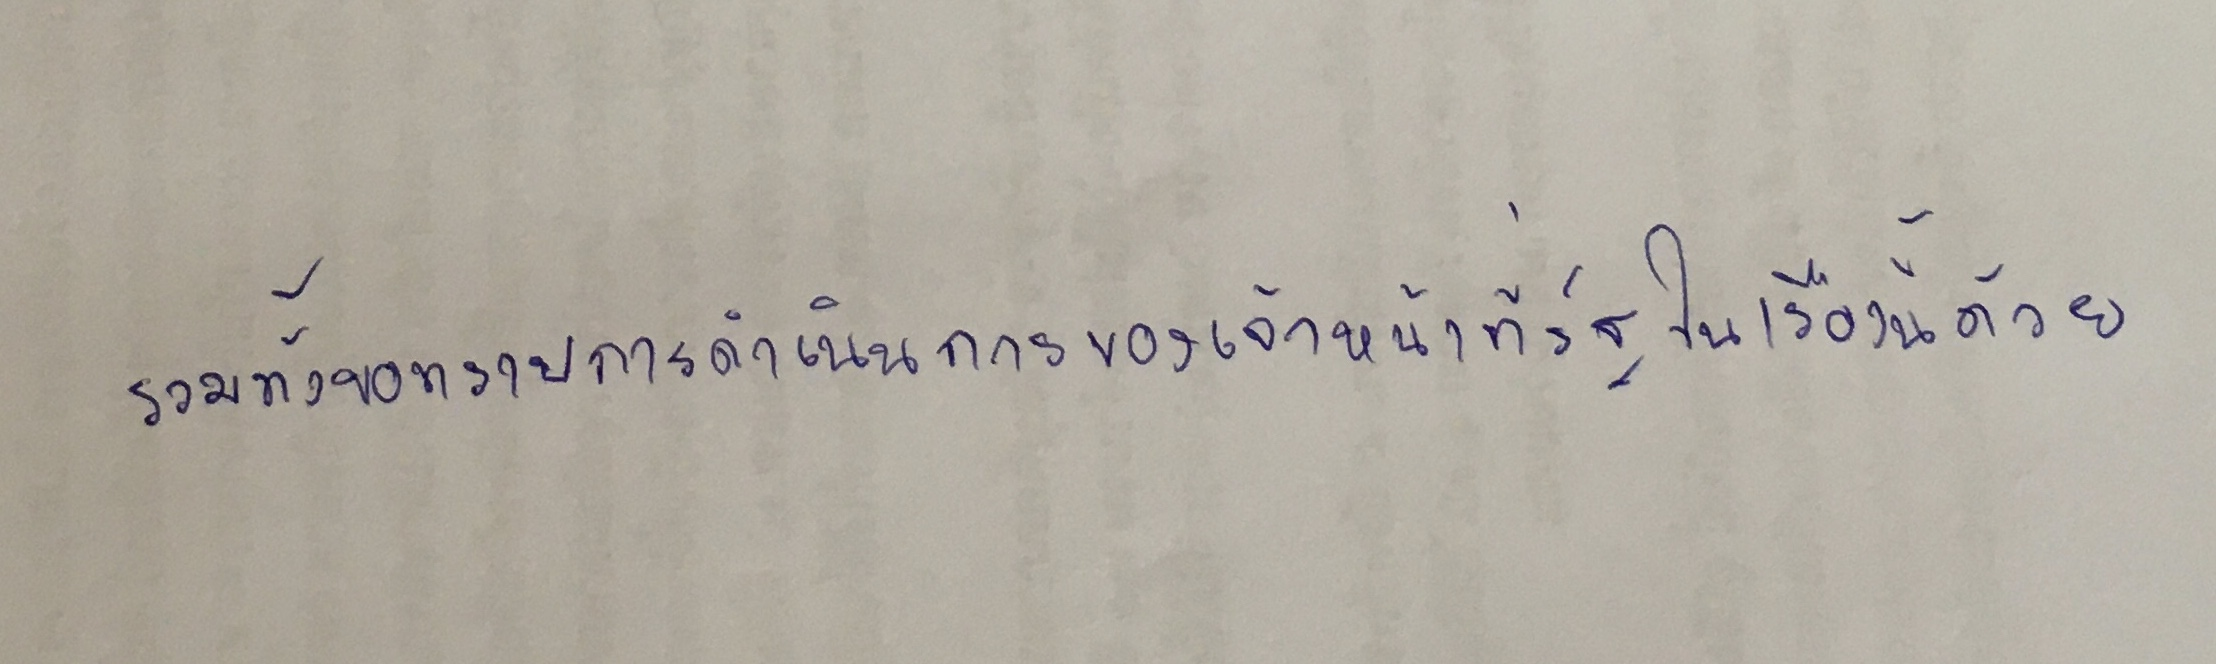
รวมทั้งขอทราบการดำเนินการของเจ้าหน้าที่รัฐในเรื่องนี้ด้วย